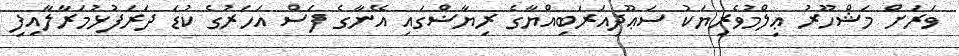
ވަރަށް މަޝްހޫރު ޢިލްމުވެރިޔަކު ސަޢޫދިއަރަބިއްޔާގެ ރިޔާޟްގައި އޭނާގެ ފަސް އަހަރުގެ ކުޑަ ދަރަފުޅުމަރާލާއިފި